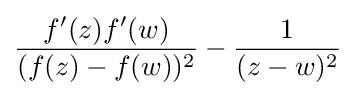
{\frac {f'(z)f'(w)}{(f(z)-f(w))^{2}}}-{\frac {1}{(z-w)^{2}}}